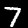
Label: 7